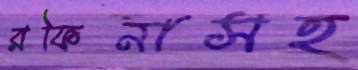
রফিনাসহ